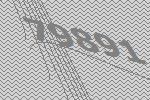
79891